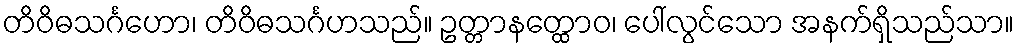
တိဝိဓသင်္ဂဟော၊ တိဝိဓသင်္ဂဟသည်။ ဥတ္တာနတ္ထောဝ၊ ပေါ်လွင်သော အနက်ရှိသည်သာ။